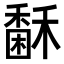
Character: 𥢖